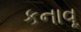
કનાવૂ